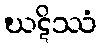
ဃဋိဿံ